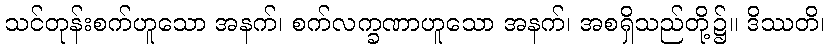
သင်တုန်းစက်ဟူသော အနက်၊ စက်လက္ခဏာဟူသော အနက်၊ အစရှိသည်တို့၌။ ဒိဿတိ၊